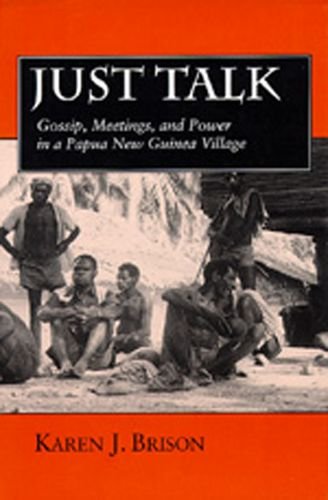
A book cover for Just Talk: Gossip, Meetings, and Power in a Papua New Guinea Village (Studies in Melanesian Anthropology); Karen J. Brison; History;